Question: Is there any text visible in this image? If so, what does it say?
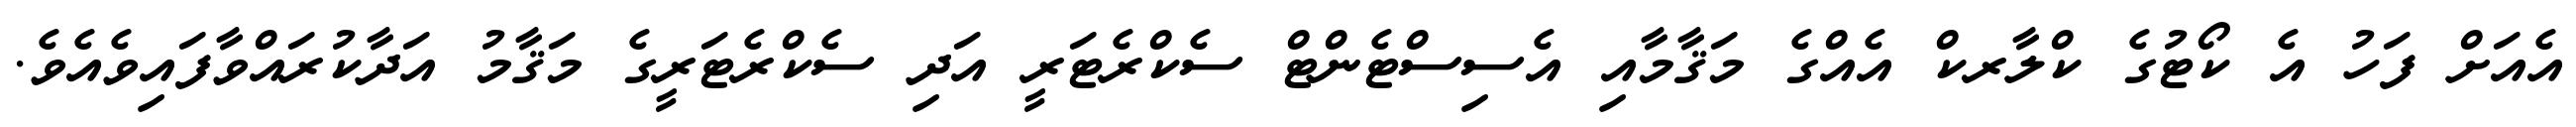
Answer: އެއަށް ފަހު އެ ކޯޓުގެ ކްލާރކް އެއްގެ މަޤާމާއި އެސިސްޓެންޓް ސެކްރެޓަރީ އަދި ސެކްރެޓަރީގެ މަޤާމު އަދާކުރައްވާފައިވެއެވެ.